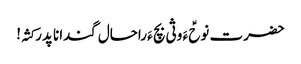
حضرت نوحؑ ءَ وثی بچ ءَ راحال گندانا پدر کثہ!